Report of the Indian Hemp Drugs Commission, 1894-1895 - Volume IV
Year: 1894
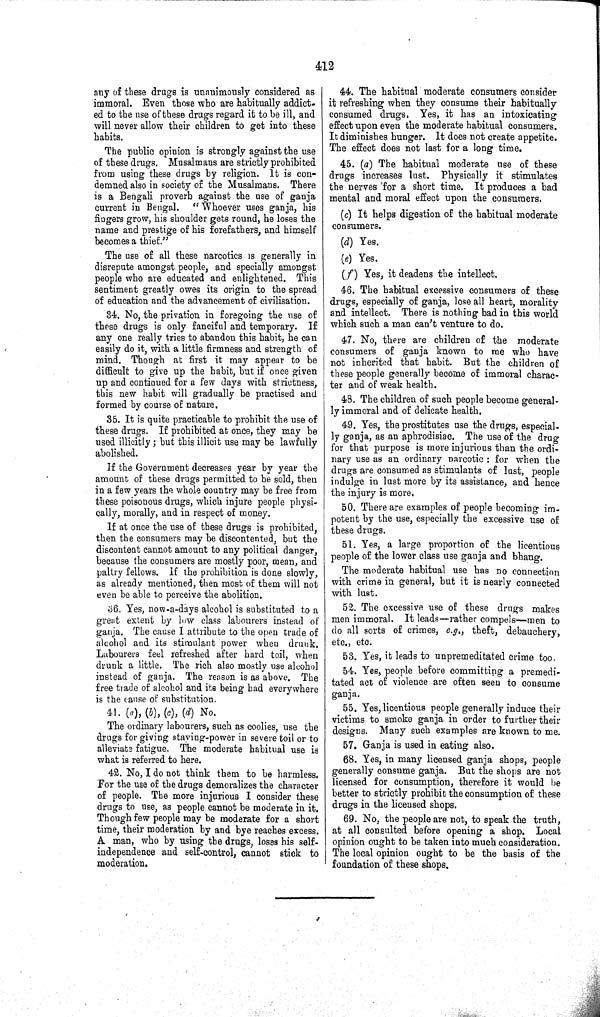
412
any of these drugs is unanimously considered as
immoral. Even those who are habitually addict-
ed to the use of these drugs regard it to be ill, and
will never allow their children to get into these
habits.
The public opinion is strongly against the use
of these drugs. Musalmans are strictly prohibited
from using these drugs by religion. It is con-
demned also in society of the Musalmans. There
is a Bengali proverb against the use of ganja
current in Bengal. "Whoever uses ganja, his
fingers grow, his shoulder gets round, he loses the
name and prestige of his forefathers, and himself
becomes a thief."
The use of all these narcotics is generally in
disrepute amongst people, and specially amongst
people who are educated and enlightened. This
sentiment greatly owes its origin to the spread
of education and the advancement of civilisation.
34. No, the privation in foregoing the use of
these drugs is only fanciful and temporary. If
any one really tries to abandon this habit, he can
easily do it, with a little firmness and strength of
mind. Though at first it may appear to be
difficult to give up the habit, but if once given
up and continued for a few days with strictness,
this new habit will gradually be practised and
formed by course of nature.
35. It is quite practicable to prohibit the use of
these drugs. If prohibited at once, they may be
used illicitly; but this illicit use may be lawfully
abolished.
If the Government decreases year by year the
amount of these drugs permitted to be sold, then
in a few years the whole country may be free from
these poisonous drugs, which injure people physi-
cally, morally, and in respect of money.
If at once the use of these drugs is prohibited,
then the consumers may be discontented, but the
discontent cannot amount to any political danger,
because the consumers are mostly poor, mean, and
paltry fellows. If the prohibition is done slowly,
as already mentioned, then most of them will not
even be able to perceive the abolition.
36. Yes, now-a-days alcohol is substituted to a
great extent by low class labourers instead of
ganja. The cause I attribute to the open trade of
alcohol and its stimulant power when drunk.
Labourers feel refreshed after hard toil, when
drunk a little. The rich also mostly use alcohol
instead of ganja. The reason is as above. The
free trade of alcohol and its being had everywhere
is the cause of substitution.
41. (a), (b), (c), (d) No.
The ordinary labourers, such as coolies, use the
drugs for giving staying-power in severe toil or to
alleviate fatigue. The moderate habitual use is
what is referred to here.
42. No, I do not think them to be harmless.
For the use of the drugs demoralizes the character
of people. The more injurious I consider these
drugs to use, as people cannot be moderate in it.
Though few people may be moderate for a short
time, their moderation by and bye reaches excess.
A man, who by using the drugs, loses his self-
independence and self-control, cannot stick to
moderation.
44. The habitual moderate consumers consider
it refreshing when they consume their habitually
consumed drugs. Yes, it has an intoxicating
effect upon even the moderate habitual consumers.
It diminishes hunger. It does not create appetite.
The effect does not last for a long time.
45. (a) The habitual moderate use of these
drugs increases lust. Physically it stimulates
the nerves for a short time. It produces a bad
mental and moral effect upon the consumers.
(c) It helps digestion of the habitual moderate
consumers.
(d) Yes.
(e) Yes.
(f) Yes, it deadens the intellect.
46. The habitual excessive consumers of these
drugs, especially of ganja, lose all heart, morality
and intellect. There is nothing bad in this world
which such a man can't venture to do.
47. No, there are children of the moderate
consumers of ganja known to me who have
not inherited that habit. But the children of
these people generally become of immoral charac-
ter and of weak health.
48. The children of such people become general-
ly immoral and of delicate health.
49. Yes, the prostitutes use the drugs, especial-
ly ganja, as an aphrodisiac. The use of the drug
for that purpose is more injurious than the ordi-
nary use as an ordinary narcotic: for when the
drugs are consumed as stimulants of lust, people
indulge in lust more by its assistance, and hence
the injury is more.
50. There are examples of people becoming im-
potent by the use, especially the excessive use of
these drugs.
51. Yes, a large proportion of the licentious
people of the lower class use ganja and bhang.
The moderate habitual use has no connection
with crime in general, but it is nearly connected
with lust.
52. The excessive use of these drugs makes
men immoral. It leads—rather compels—men to
do all sorts of crimes, e.g., theft, debauchery,
etc., etc.
53. Yes, it leads to unpremeditated crime too.
54. Yes, people before committing a premedi-
tated act of violence are often seen to consume
ganja.
55. Yes, licentious people generally induce their
victims to smoke ganja in order to further their
designs. Many such examples are known to me.
57. Ganja is used in eating also.
68. Yes, in many licensed ganja shops, people
generally consume ganja. But the shops are not
licensed for consumption, therefore it would be
better to strictly prohibit the consumption of these
drugs in the licensed shops.
69. No, the people are not, to speak the truth,
at all consulted before opening a shop. Local
opinion ought to be taken into much consideration.
The local opinion ought to be the basis of the
foundation of these shops.